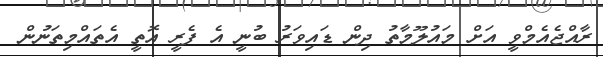
ރާއްޖެއެމްވީ އަށް މައުލޫމާތު ދިން ޑައިވަރު ބުނީ އެ ފެރީ އޮތީ އެތައްމިތަނުން